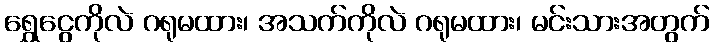
ရွှေငွေကိုလဲ ဂရုမထား၊ အသက်ကိုလဲ ဂရုမထား၊ မင်းသားအတွက်